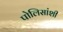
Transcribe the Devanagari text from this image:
पोलिसांशी